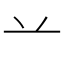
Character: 䒑